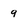
Character: 9